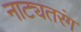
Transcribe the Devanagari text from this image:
नाट्यतरंग